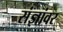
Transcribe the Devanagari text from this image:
संज्ञांवर